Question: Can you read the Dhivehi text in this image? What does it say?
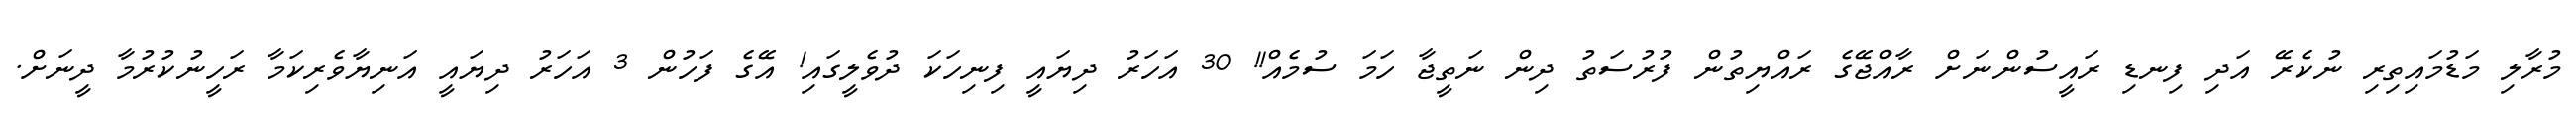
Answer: މުރާލި މަޑުމައިތިރި ނުކެރޭ އަދި ފިނޑި ރައީސުންނަށް ރާއްޖޭގެ ރައްޔިތުން ފުރުސަތު ދިން ނަތީޖާ ހަމަ ސުމެއް!! 30 އަހަރު ދިޔައީ ފިނިހަކަ ދުވެލީގައި! އޭގެ ފަހުން 3 އަހަރު ދިޔައީ އަނިޔާވެރިކަމާ ރަހީނުކުރުމާ ދީނަށް.